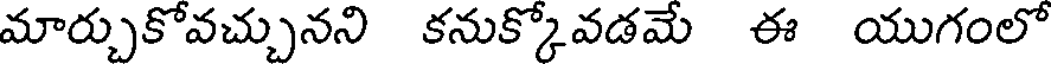
మార్చుకోవచ్చునని కనుక్కోవడమే ఈ యుగంలో